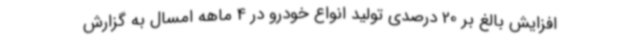
افزایش بالغ بر 20 درصدی تولید انواع خودرو در 4 ماهه امسال به گزارش